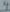
Text: 4